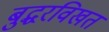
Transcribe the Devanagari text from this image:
बुद्धरविखत